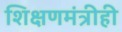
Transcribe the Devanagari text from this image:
शिक्षणमंत्रीही